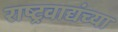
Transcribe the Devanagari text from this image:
राष्ट्रवाद्यंच्या